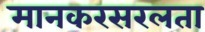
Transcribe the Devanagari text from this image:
मानकरसरलता